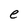
Character: e